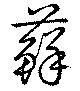
蘚